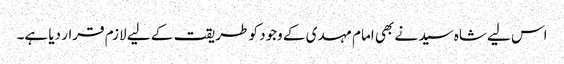
اس لیے شاہ سید نے بھی امام مہدی کے وجود کو طریقت کے لیے لازم قرار دیا ہے۔